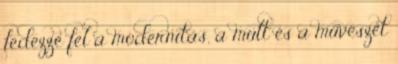
fedezze fel a modernitás, a múlt és a művészet